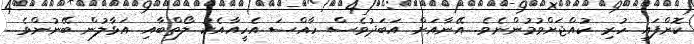
ކޮށްފައި ހުރި ކުއްޖަށްވުމުންނެވެ. އޭނާއަށް އަބަދުވެސް ހާއްސަ އެހީއާއެކު ލޯތްބާއި އަޅާލުން ބޭނުންވެ